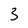
Character: 3